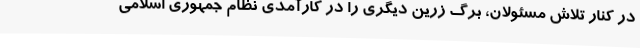
در کنار تلاش مسئولان، برگ زرین دیگری را در کارآمدی نظام جمهوری اسلامی